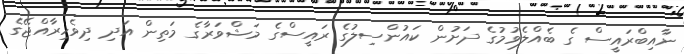
ނާއިބްރައީސް ގެ ބެއްލެވުމުގެ ދަށުން ކައުންސިލުގެ ރައީސްގެ މަޝްވަރާގެ މަތިން އަދި ދިވެހިރާއްޖޭގެ